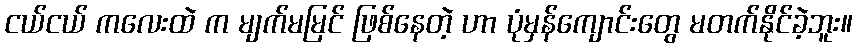
ငယ်ငယ် ကလေးထဲ က မျက်မမြင် ဖြစ်နေတဲ့ ဟာ ပုံမှန်ကျောင်းတွေ မတက်နိုင်ခဲ့ဘူး။